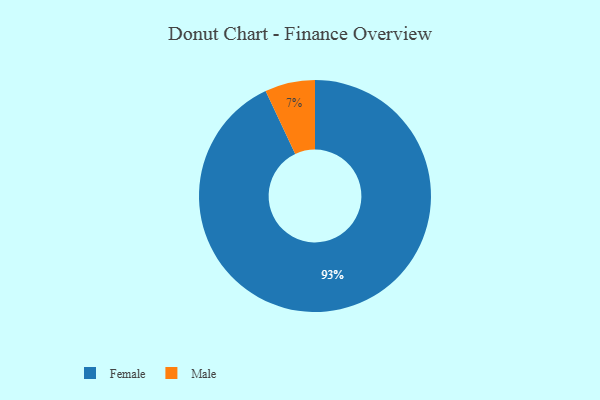
{"axis": {"x": "Category", "y": "Percentage"}, "legend": ["Female", "Male"], "data": [{"x": "Female", "y": 93, "type": "Female"}, {"x": "Male", "y": 7, "type": "Male"}]}